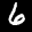
Label: 6